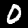
Label: 0